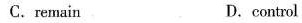
C.remain D.control